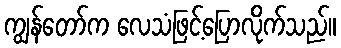
ကျွန်တော်က လေသံဖြင့်ပြောလိုက်သည်။